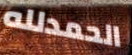
الحمدلله